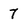
Character: 7